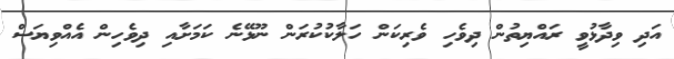
އަދި ވިދާޅުވީ ރައްޔިތުން ދިވެހި ވެރިކަން ހަލާކުކުރަން ނޫޅޭނެ ކަމަށާއި ދިވެހިން އެއްވިޔަސް